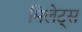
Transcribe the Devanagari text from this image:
मिलेट्स